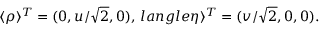
\langle \rho \rangle ^ { T } = ( 0 , u / \sqrt { 2 } , 0 ) , \, l a n g l e \eta \rangle ^ { T } = ( v / \sqrt { 2 } , 0 , 0 ) .